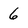
Character: 6